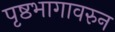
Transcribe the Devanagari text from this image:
पृष्ठभागावरुन